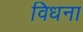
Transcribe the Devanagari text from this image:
विधना